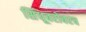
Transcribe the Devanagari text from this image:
सिंधूबरोबरच